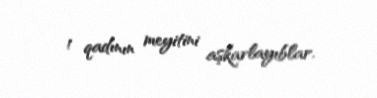
1 qadının meyitini aşkarlayıblar.